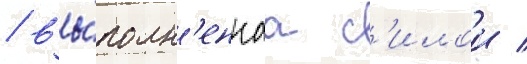
/ вы́полн'еннаа с'илои /